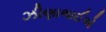
ઝીણાભાઈએ